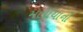
મલાયાનો